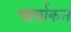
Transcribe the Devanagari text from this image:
चार्वाकन